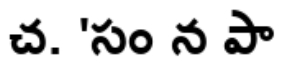
చ. 'సం న పా